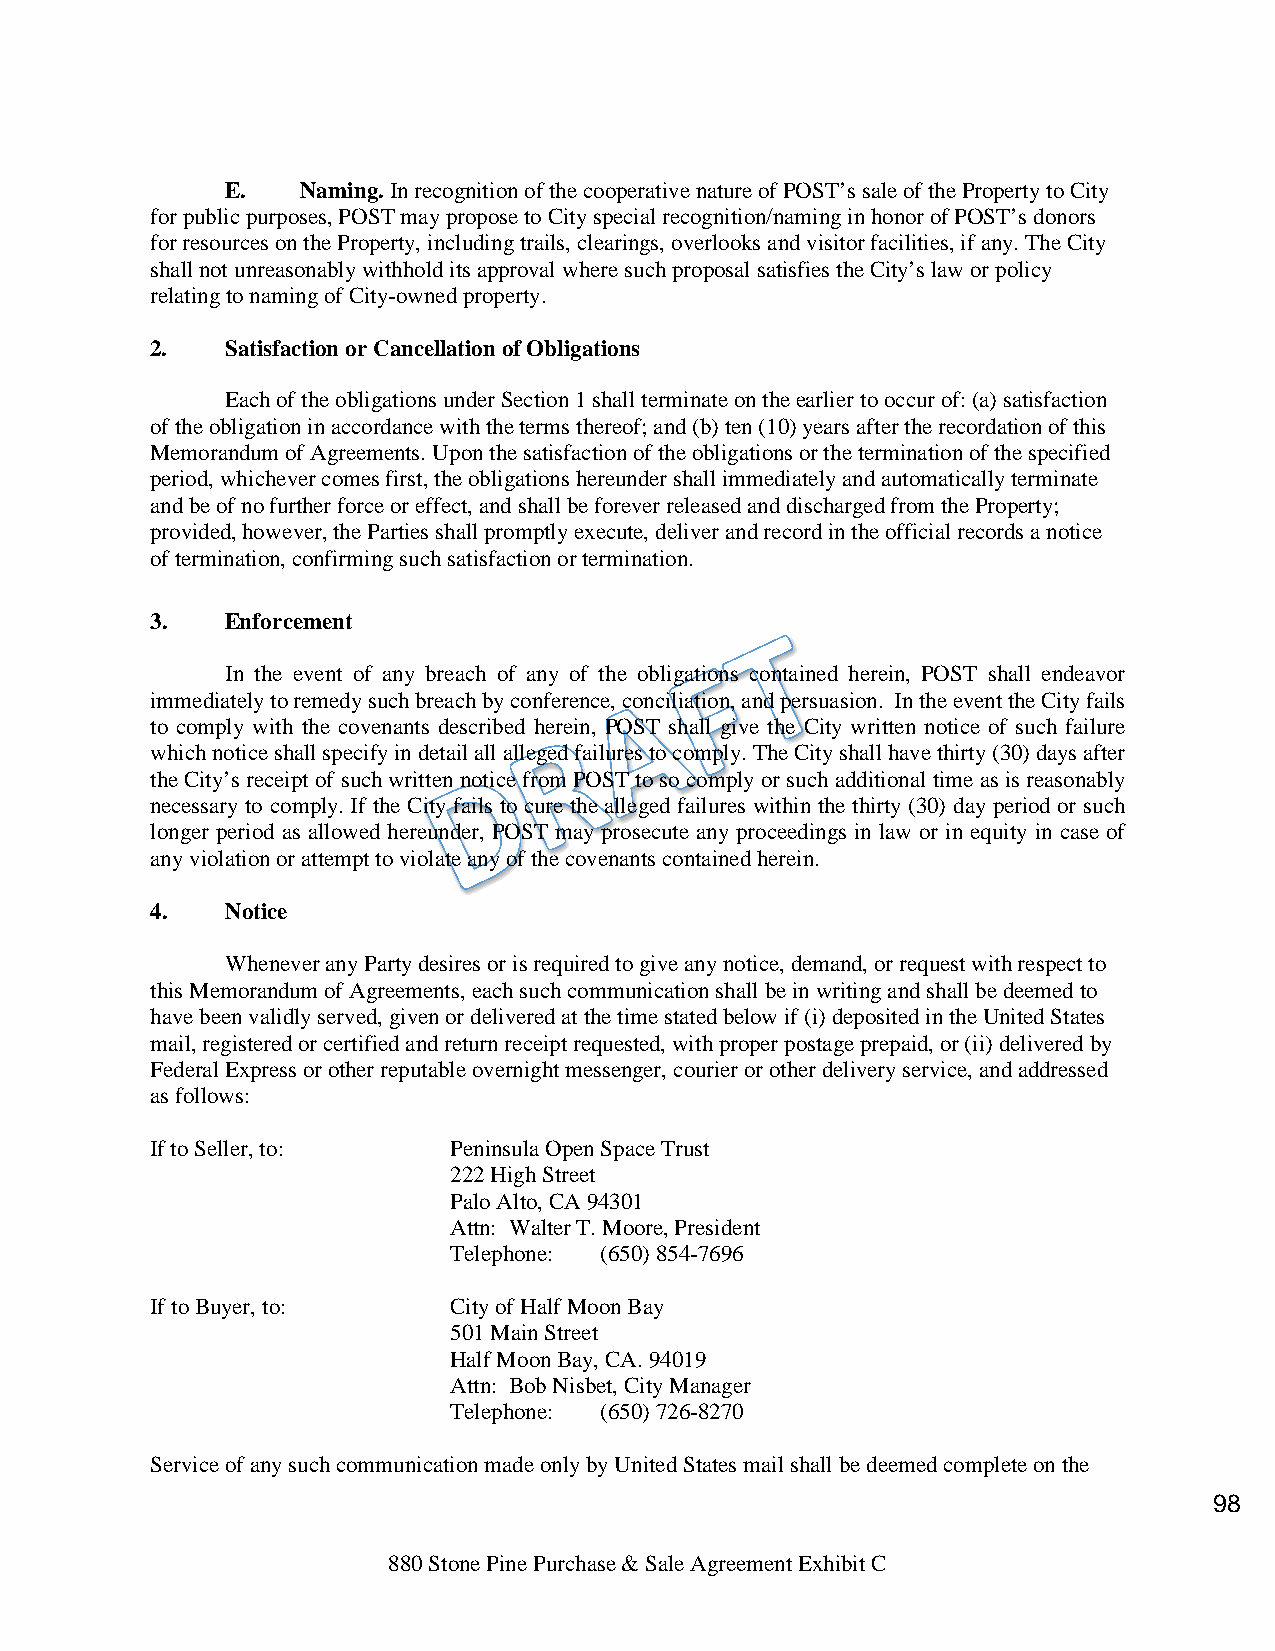
E.   Naming. In recognition of the cooperative nature of POST’s sale of the Property to City
 for public purposes, POST may propose to City special recognition/naming in honor of POST’s donors
 for resources on the Property, including trails, clearings, overlooks and visitor facilities, if any. The City
 shall not unreasonably withhold its approval where such proposal satisfies the City’s law or policy
 relating to naming of City-owned property.
 2.   Satisfaction or Cancellation of Obligations
 Each of the obligations under Section 1 shall terminate on the earlier to occur of: (a) satisfaction
 of the obligation in accordance with the terms thereof; and (b) ten (10) years after the recordation of this
 Memorandum of Agreements. Upon the satisfaction of the obligations or the termination of the specified
 period, whichever comes first, the obligations hereunder shall immediately and automatically terminate
 and be of no further force or effect, and shall be forever released and discharged from the Property;
 provided, however, the Parties shall promptly execute, deliver and record in the official records a notice
 of termination, confirming such satisfaction or termination.
 3.   Enforcement
 In the event of any breach of any of the obligations contained herein, POST shall endeavor
 immediately to remedy such breach by conference, conciliation, and persuasion. In the event the City fails
 to comply with the covenants described herein, POST shall give the City written notice of such failure
 which notice shall specify in detail all alleged failures to comply. The City shall have thirty (30) days after
 the City’s receipt of such written notice from POST to so comply or such additional time as is reasonably
 necessary to comply. If the City fails to cure the alleged failures within the thirty (30) day period or such
 longer period as allowed hereunder, POST may prosecute any proceedings in law or in equity in case of
 any violation or attempt to violate any of the covenants contained herein.
 4.   Notice
 Whenever any Party desires or is required to give any notice, demand, or request with respect to
 this Memorandum of Agreements, each such communication shall be in writing and shall be deemed to
 have been validly served, given or delivered at the time stated below if (i) deposited in the United States
 mail, registered or certified and return receipt requested, with proper postage prepaid, or (ii) delivered by
 Federal Express or other reputable overnight messenger, courier or other delivery service, and addressed
 as follows:
 If to Seller, to:   Peninsula Open Space Trust
 222 High Street
 Palo Alto, CA 94301
 Attn: Walter T. Moore, President
 Telephone: (650) 854-7696
 If to Buyer, to:    City of Half Moon Bay
 501 Main Street
 Half Moon Bay, CA. 94019
 Attn: Bob Nisbet, City Manager
 Telephone: (650) 726-8270
 Service of any such communication made only by United States mail shall be deemed complete on the
 98
 880 Stone Pine Purchase & Sale Agreement Exhibit C